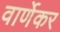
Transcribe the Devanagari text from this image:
वार्णेकर